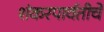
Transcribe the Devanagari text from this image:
शंकरपार्वतीचे